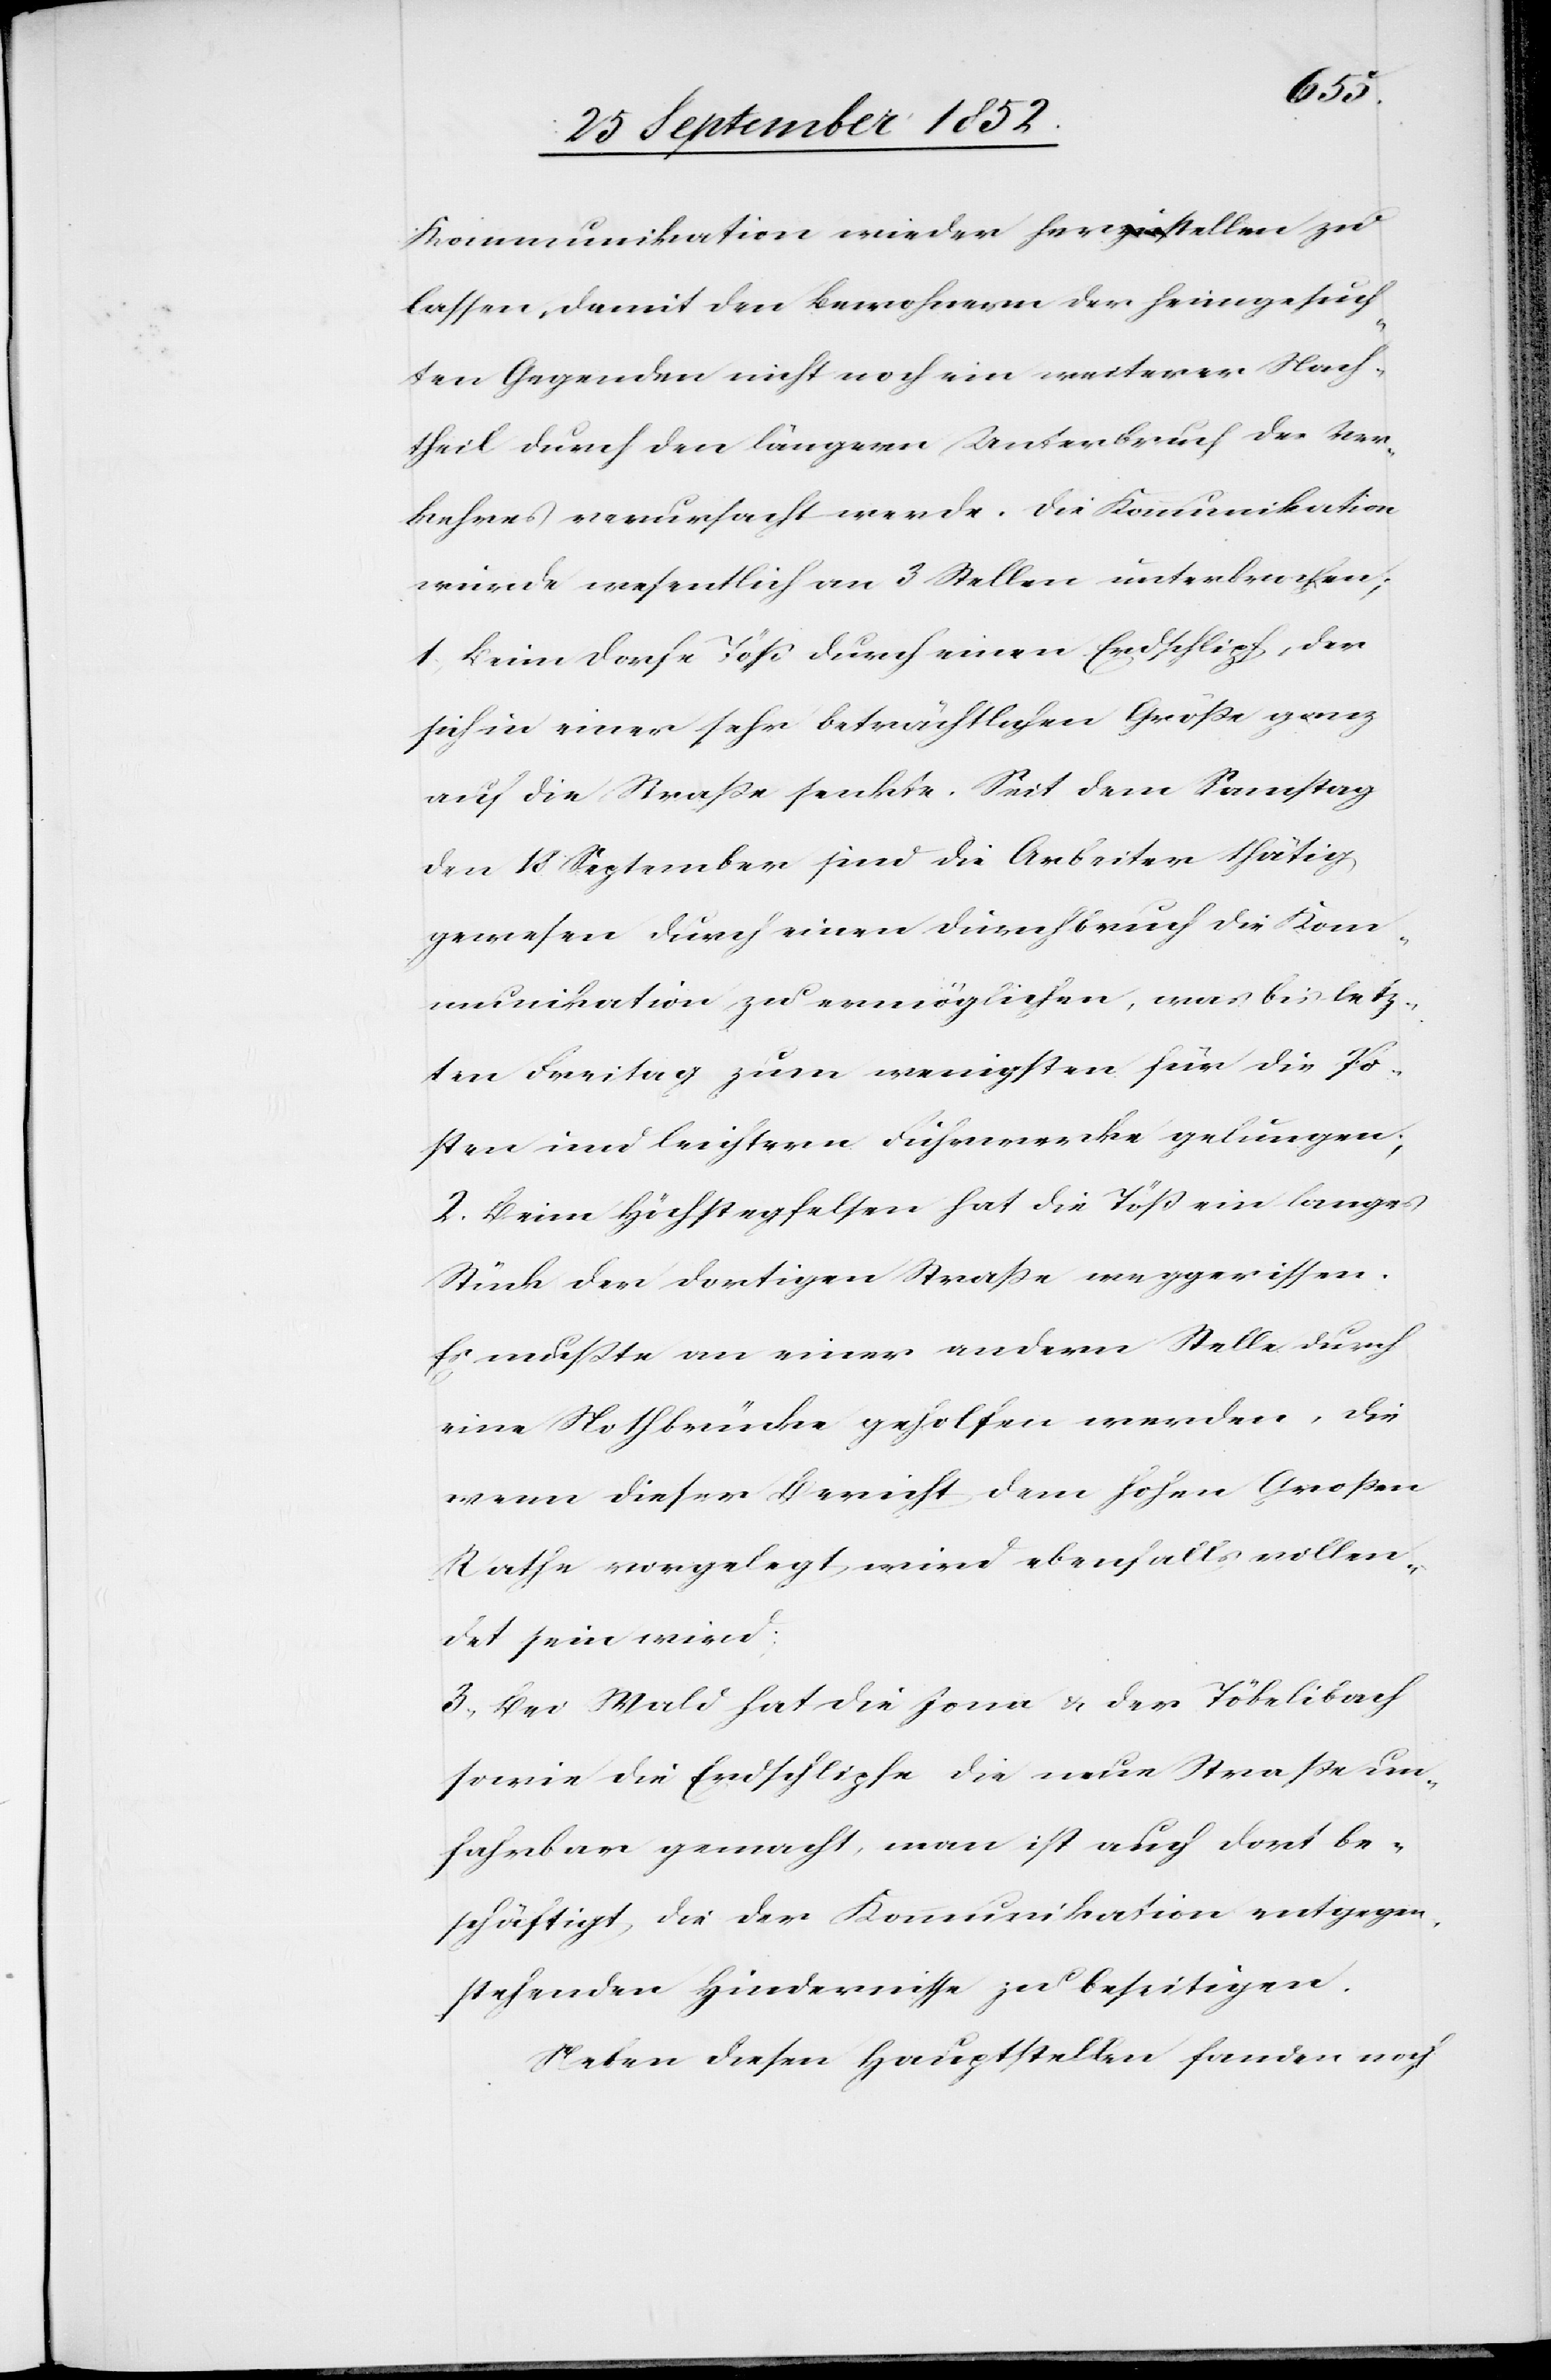
Kommunikation wieder herstellen zu
lassen, damit den Bewohnern der heimgesuch¬
ten Gegenden nicht noch ein weiterer Nach¬
theil durch den längern Unterbruch des Ver¬
kehres verursacht werde. Die Kommunikation
wurde wesentlich an 3 Stellen unterbrochen;
1, Beim Dorfe Töß durch einen Erdschlipf, der
sich in einer sehr beträchtlichen Größe ganz
auf die Straße senkte. Seit dem Samstag
den 18 September sind die Arbeiter thätig
gewesen durch einen Durchbruch die Kom¬
munikation zu ermöglichen, was bis letz¬
ten Freitag zum wenigsten für die Po¬
sten und leichtern Fuhrwerke gelungen;
2. Beim Höchstegfelsen hat die Töß ein langes
Stück der dortigen Straße weggerissen.
Es mußte an einer andern Stelle durch
eine Nothbrücke geholfen werden, die
wenn dieser Bericht dem hohen Großen
Rathe vorgelegt wird ebenfalls vollen¬
det sein wird;
3, Bei Wald hat die Jona & der Töbelibach
sowie die Erdschlipfe die neue Straße un¬
fahrbar gemacht, man ist auch dort be¬
schäftigt, die der Kommunikation entgegen¬
stehenden Hindernisse zu beseitigen.
Neben diesen Hauptstellen fanden noch